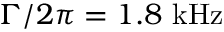
\Gamma / 2 \pi = 1 . 8 ~ \mathrm { k H z }